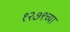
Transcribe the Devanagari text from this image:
१२७९च्या